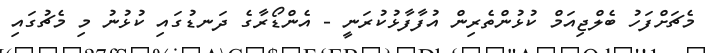
މެޗަށްފަހު ބެލްޖިއަމް ކުޅުންތެރިން އުފާފާޅުކުރަނީ - އެންޑޯރާގެ ދަނޑުގައި ކުޅުނު މި މެޗުގައި